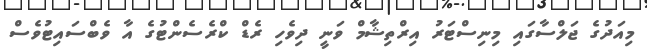
މިއަދުގެ ޖަލްސާގައި މިނިސްޓަރު އިރްތިޝާމް ވަނީ ދިވެހި ރެޑް ކްރެސެންޓުގެ އާ ވެބްސައިޓުވެސް